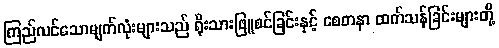
ကြည်လင်သောမျက်လုံးများသည် ရိုးသားဖြူစင်ခြင်းနှင့် စေတနာ ထက်သန်ခြင်းများတို့